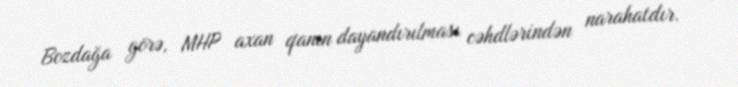
Bozdağa görə, MHP axan qanın dayandırılması cəhdlərindən narahatdır.